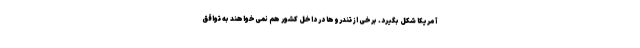
آمریکا شکل بگیرد. برخی از تندروها در داخل کشور هم نمی‌خواهند به تواقق